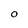
Character: O